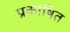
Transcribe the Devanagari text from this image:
प्रकाषित